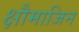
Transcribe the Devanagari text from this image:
क्षौमाजिन